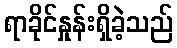
ရာခိုင်နှုန်းရှိခဲ့သည်